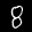
Label: 8